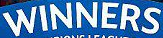
WINNERS